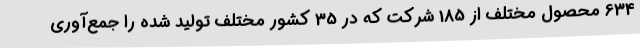
634 محصول مختلف از 185 شرکت که در 35 کشور مختلف تولید شده را جمع‌آوری